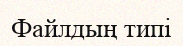
Файлдың типі